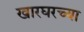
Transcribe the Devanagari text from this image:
खारघरच्या